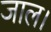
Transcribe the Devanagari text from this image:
जाल।